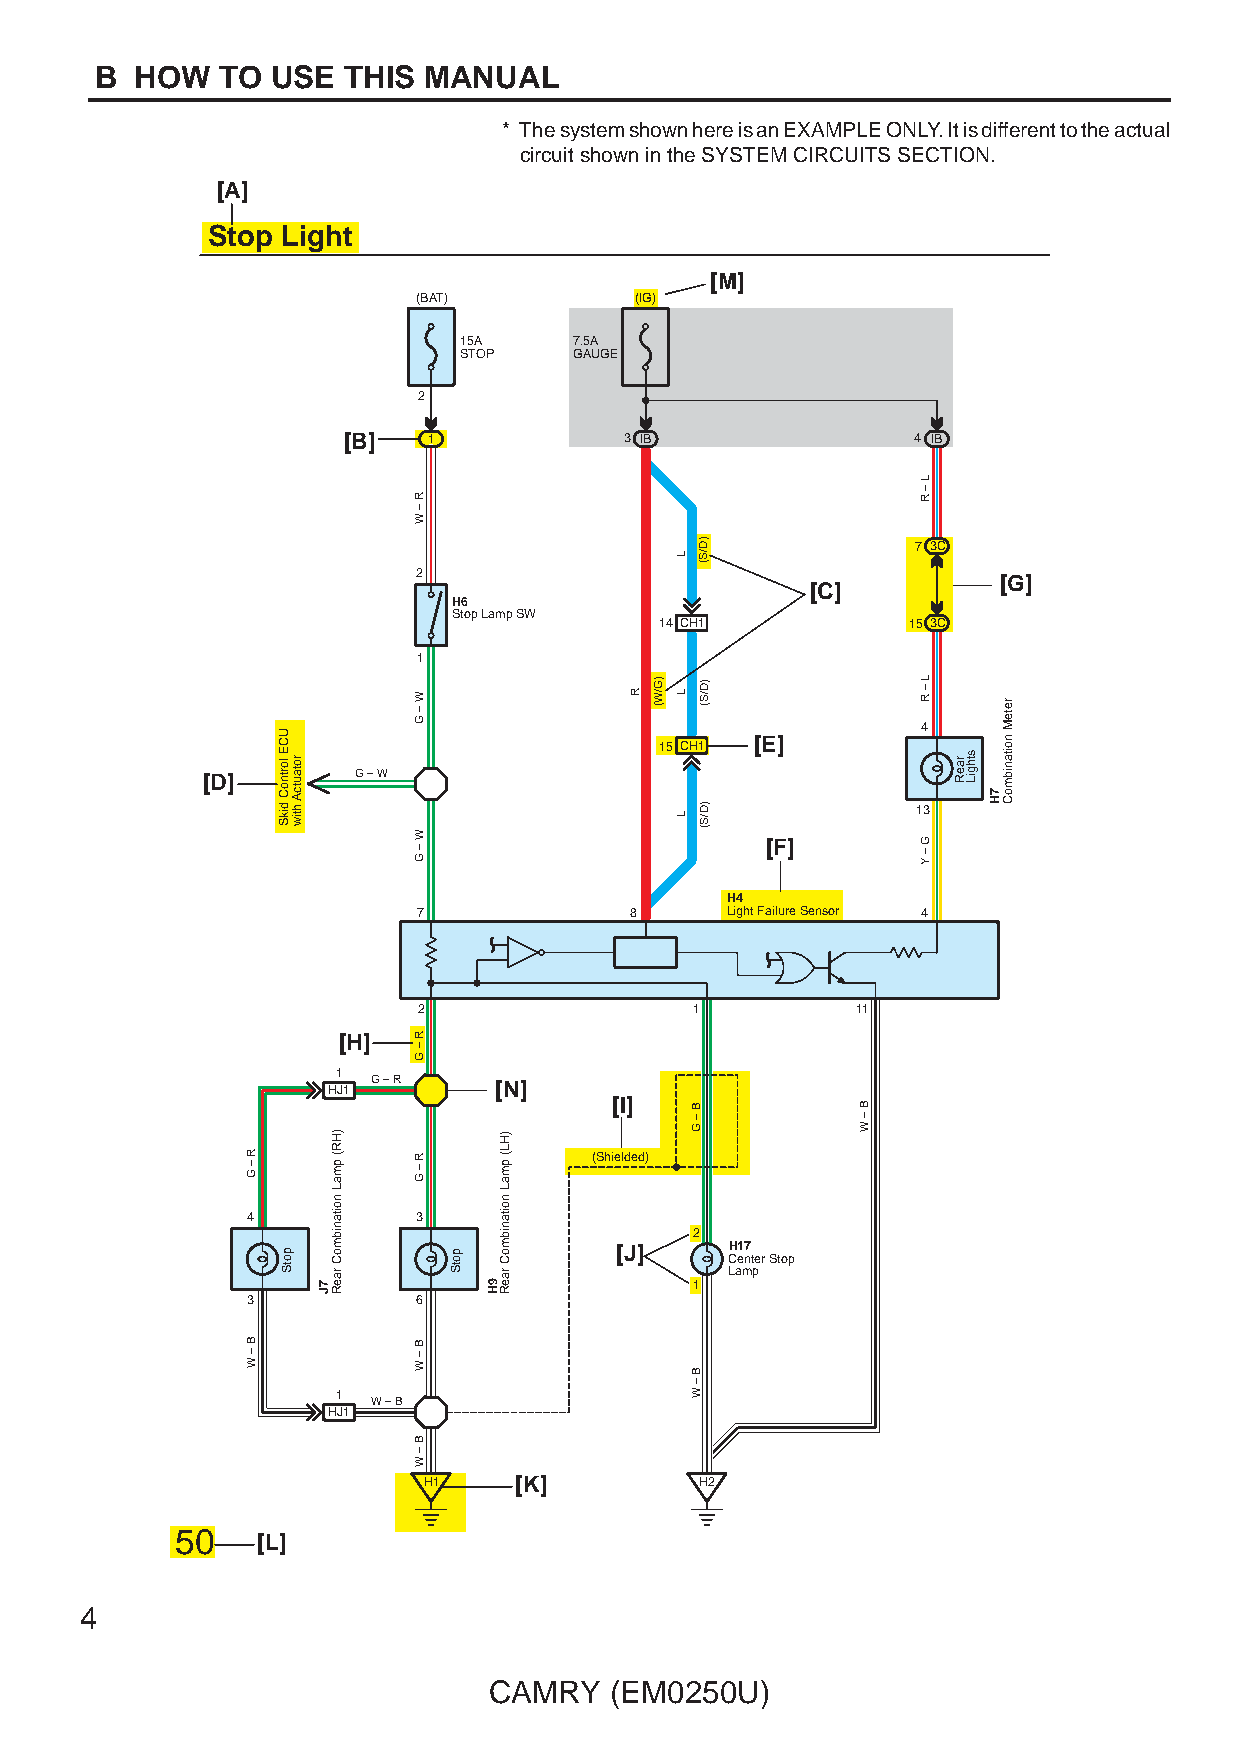
B  HOW   TO USE  THIS MANUAL
 * The system shown here is an EXAMPLE ONLY. It is different to the actual
 circuit shown in the SYSTEM CIRCUITS SECTION.
 [A]
 Stop Light
 [M]
 (BAT)         (IG)
 15A     7.5A
 STOP    GAUGE
 2
 [B]  1            3 IB                4 IB
 7 3C
 2                                     [G]
 [C]
 H6
 Stop Lamp SW
 14 CH1          15 3C
 1
 4
 [E]
 15 CH1
 [D]       G – W
 13
 [F]
 H4
 7             8     Light Failure Sensor 4
 2                 1          11
 [H]
 1
 HJ1 G – R  [N]
 [I]
 (Shielded)
 4           3
 2
 [J]    H17 Center Stop
 Lamp
 1
 3           6
 1
 W – B
 HJ1
 H1    [K]         H2
 50   [L]
 4
 CAMRY   (EM0250U)
 R
 – G
 B
 –
 W
 UCE
 lortnoC
 dikS
 potS
 rotautcA
 htiw
 7J
 )HR(
 pmaL
 noitanibmoC
 raeR
 R
 –
 W
 W
 –
 G
 W
 – G
 R
 –
 G
 R
 – G
 B
 –
 W
 B
 –
 W
 potS
 9H
 )HL(
 pmaL
 noitanibmoC
 raeR
 R )G/W(
 L
 L
 L
 B
 –
 G
 B
 –
 W
 )D/S(
 )D/S(
 )D/S(
 B
 –
 W
 L
 –
 R
 L – R
 G
 – Y
 raeR sthgiL
 7H
 reteM
 noitanibmoC